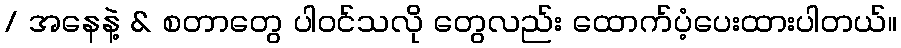
/ အနေနဲ့ & စတာတွေ ပါဝင်သလို တွေလည်း ထောက်ပံ့ပေးထားပါတယ်။